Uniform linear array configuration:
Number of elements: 12
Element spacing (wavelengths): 0.5
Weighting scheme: uniform
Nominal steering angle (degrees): -15
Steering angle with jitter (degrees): -16.55
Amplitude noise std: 0.05
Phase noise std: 0.05

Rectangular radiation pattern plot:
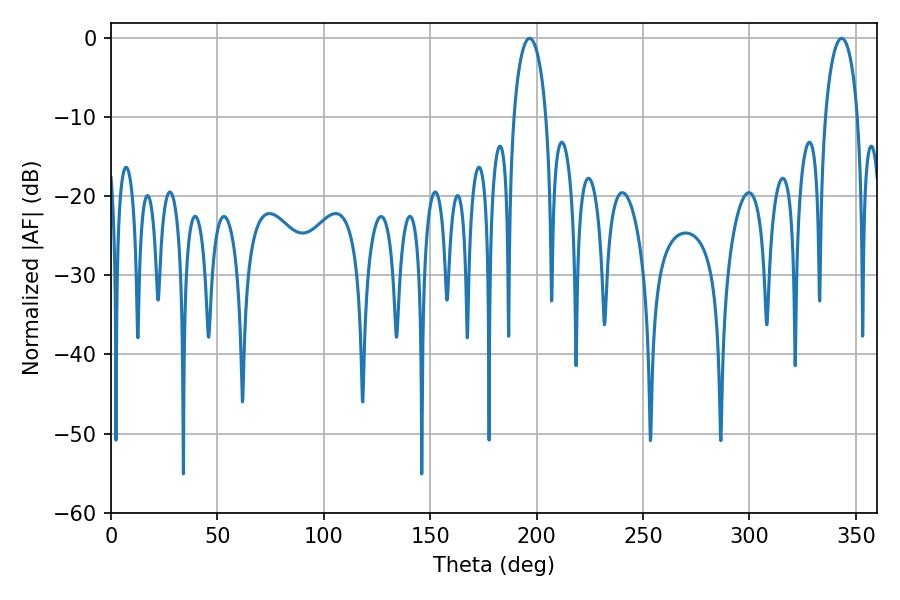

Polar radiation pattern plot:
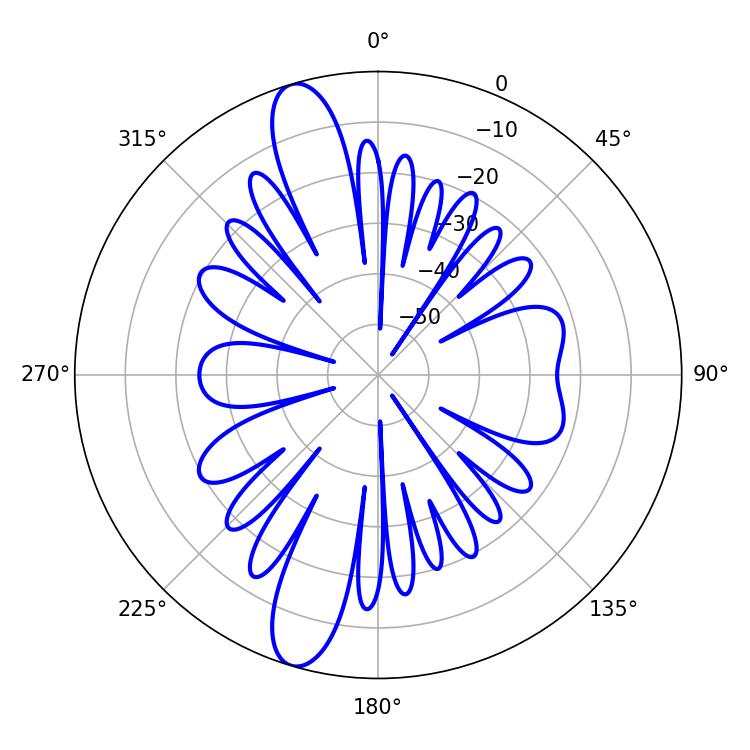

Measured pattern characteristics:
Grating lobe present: FALSE
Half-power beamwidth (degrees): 8.64
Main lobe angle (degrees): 343.26